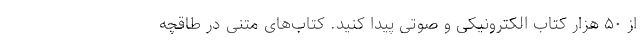
از ۵۰ هزار کتاب الکترونیکی و صوتی پیدا کنید. کتاب‌های متنی در طاقچه